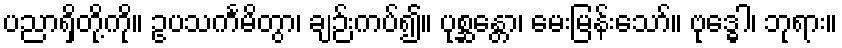
ပညာရှိတို့ကို။ ဥပသင်္ကမိတွာ၊ ချဉ်းကပ်၍။ ပုစ္ဆန္တော၊ မေးမြန်းသော်။ ဗုဒ္ဓေါ၊ ဘုရား။